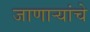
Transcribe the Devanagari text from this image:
जाणाऱ्यांचे